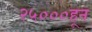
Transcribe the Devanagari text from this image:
२५०००हून